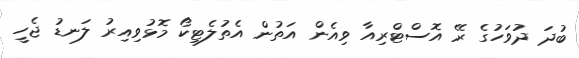
ބުދަ ދުވަހުގެ ރޭ އޮސްޓްރިއާ ވިއެން އަތުން އެތުލެޓިކޯ މޮޅުވިއިރު ލަނޑު ޖެހީ